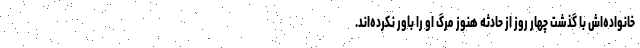
خانواده‌اش با گذشت چهار روز از حادثه هنوز مرگ او را باور نکرده‌اند.